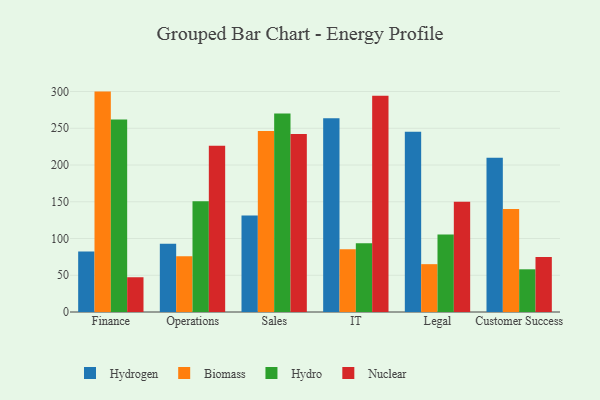
{"axis": {"x": "Department", "y": "Bounce Rate (%)"}, "legend": ["Biomass", "Hydro", "Hydrogen", "Nuclear"], "data": [{"x": "Finance", "y": 82.3, "type": "Hydrogen"}, {"x": "Finance", "y": 299.9, "type": "Biomass"}, {"x": "Finance", "y": 262.0, "type": "Hydro"}, {"x": "Finance", "y": 47.3, "type": "Nuclear"}, {"x": "Operations", "y": 92.8, "type": "Hydrogen"}, {"x": "Operations", "y": 75.8, "type": "Biomass"}, {"x": "Operations", "y": 150.6, "type": "Hydro"}, {"x": "Operations", "y": 226.2, "type": "Nuclear"}, {"x": "Sales", "y": 131.3, "type": "Hydrogen"}, {"x": "Sales", "y": 246.3, "type": "Biomass"}, {"x": "Sales", "y": 270.0, "type": "Hydro"}, {"x": "Sales", "y": 242.1, "type": "Nuclear"}, {"x": "IT", "y": 263.8, "type": "Hydrogen"}, {"x": "IT", "y": 85.3, "type": "Biomass"}, {"x": "IT", "y": 93.6, "type": "Hydro"}, {"x": "IT", "y": 294.4, "type": "Nuclear"}, {"x": "Legal", "y": 245.1, "type": "Hydrogen"}, {"x": "Legal", "y": 65.1, "type": "Biomass"}, {"x": "Legal", "y": 105.3, "type": "Hydro"}, {"x": "Legal", "y": 149.9, "type": "Nuclear"}, {"x": "Customer Success", "y": 209.8, "type": "Hydrogen"}, {"x": "Customer Success", "y": 140.0, "type": "Biomass"}, {"x": "Customer Success", "y": 58.1, "type": "Hydro"}, {"x": "Customer Success", "y": 75.0, "type": "Nuclear"}]}